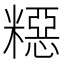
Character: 𥼳